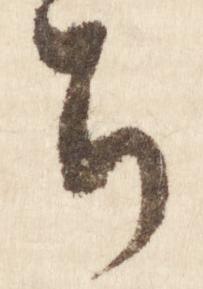
ち